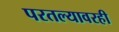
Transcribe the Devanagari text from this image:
परतल्यावरही